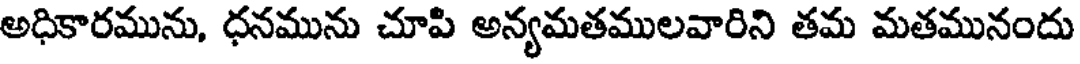
అధికారమును, ధనమును చూపి అన్యమతములవారిని తమ మతమునందు